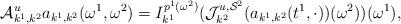
LaTeX: \begin{align*}\mathcal{A}^u_{k^1,k^2}a_{k^1,k^2}(\omega^1,\omega^2)=I^{p^1(\omega^2)}_{k^1}(\mathcal{J}^{u,\mathcal{S}^2}_{k^2}(a_{k^1,k^2}(t^1,\cdot))(\omega^2))(\omega^1),\end{align*}